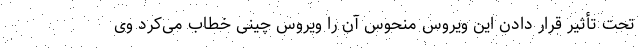
تحت تأثیر قرار دادن این ویروس منحوس آن را ویروس چینی خطاب می‌کرد وی